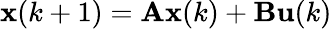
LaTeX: \mathbf{x}(k+1)=\mathbf{A}\mathbf{x}(k)+\mathbf{B}\mathbf{u}(k)